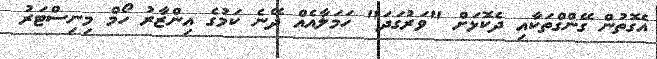
އެގޮތުން ގޭންގްތަކާއި ދެކޮޅަށް "ވަރުގަދަ" ހަމަލާއެއް ދޭނެ ކަމުގެ އިންޒާރު ހޯމް މިނިސްޓަރު